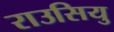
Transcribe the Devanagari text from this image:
राउसियु